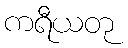
ကရီယတု